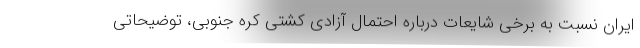
ایران نسبت به برخی شایعات درباره احتمال آزادی کشتی کره جنوبی، توضیحاتی